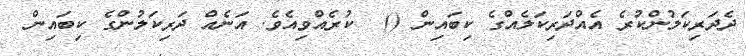
ދެދަރިކަލުންކުރެ އެއްދަރިކަލެއްގެ ކިބައިން ()  ކުރެއްވިއެވެ. އަނެއް ދަރިކަލުންގެ ކިބައިން